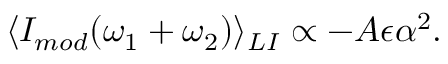
\langle I _ { m o d } ( \omega _ { 1 } + \omega _ { 2 } ) \rangle _ { L I } \propto - A \epsilon \alpha ^ { 2 } .